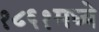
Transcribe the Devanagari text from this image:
१८६१मध्ये